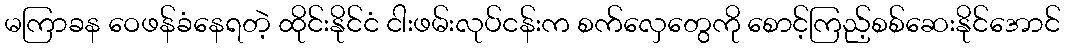
မကြာခန ဝေဖန်ခံနေရတဲ့ ထိုင်းနိုင်ငံ ငါးဖမ်းလုပ်ငန်းက စက်လှေတွေကို စောင့်ကြည့်စစ်ဆေးနိုင်အောင်